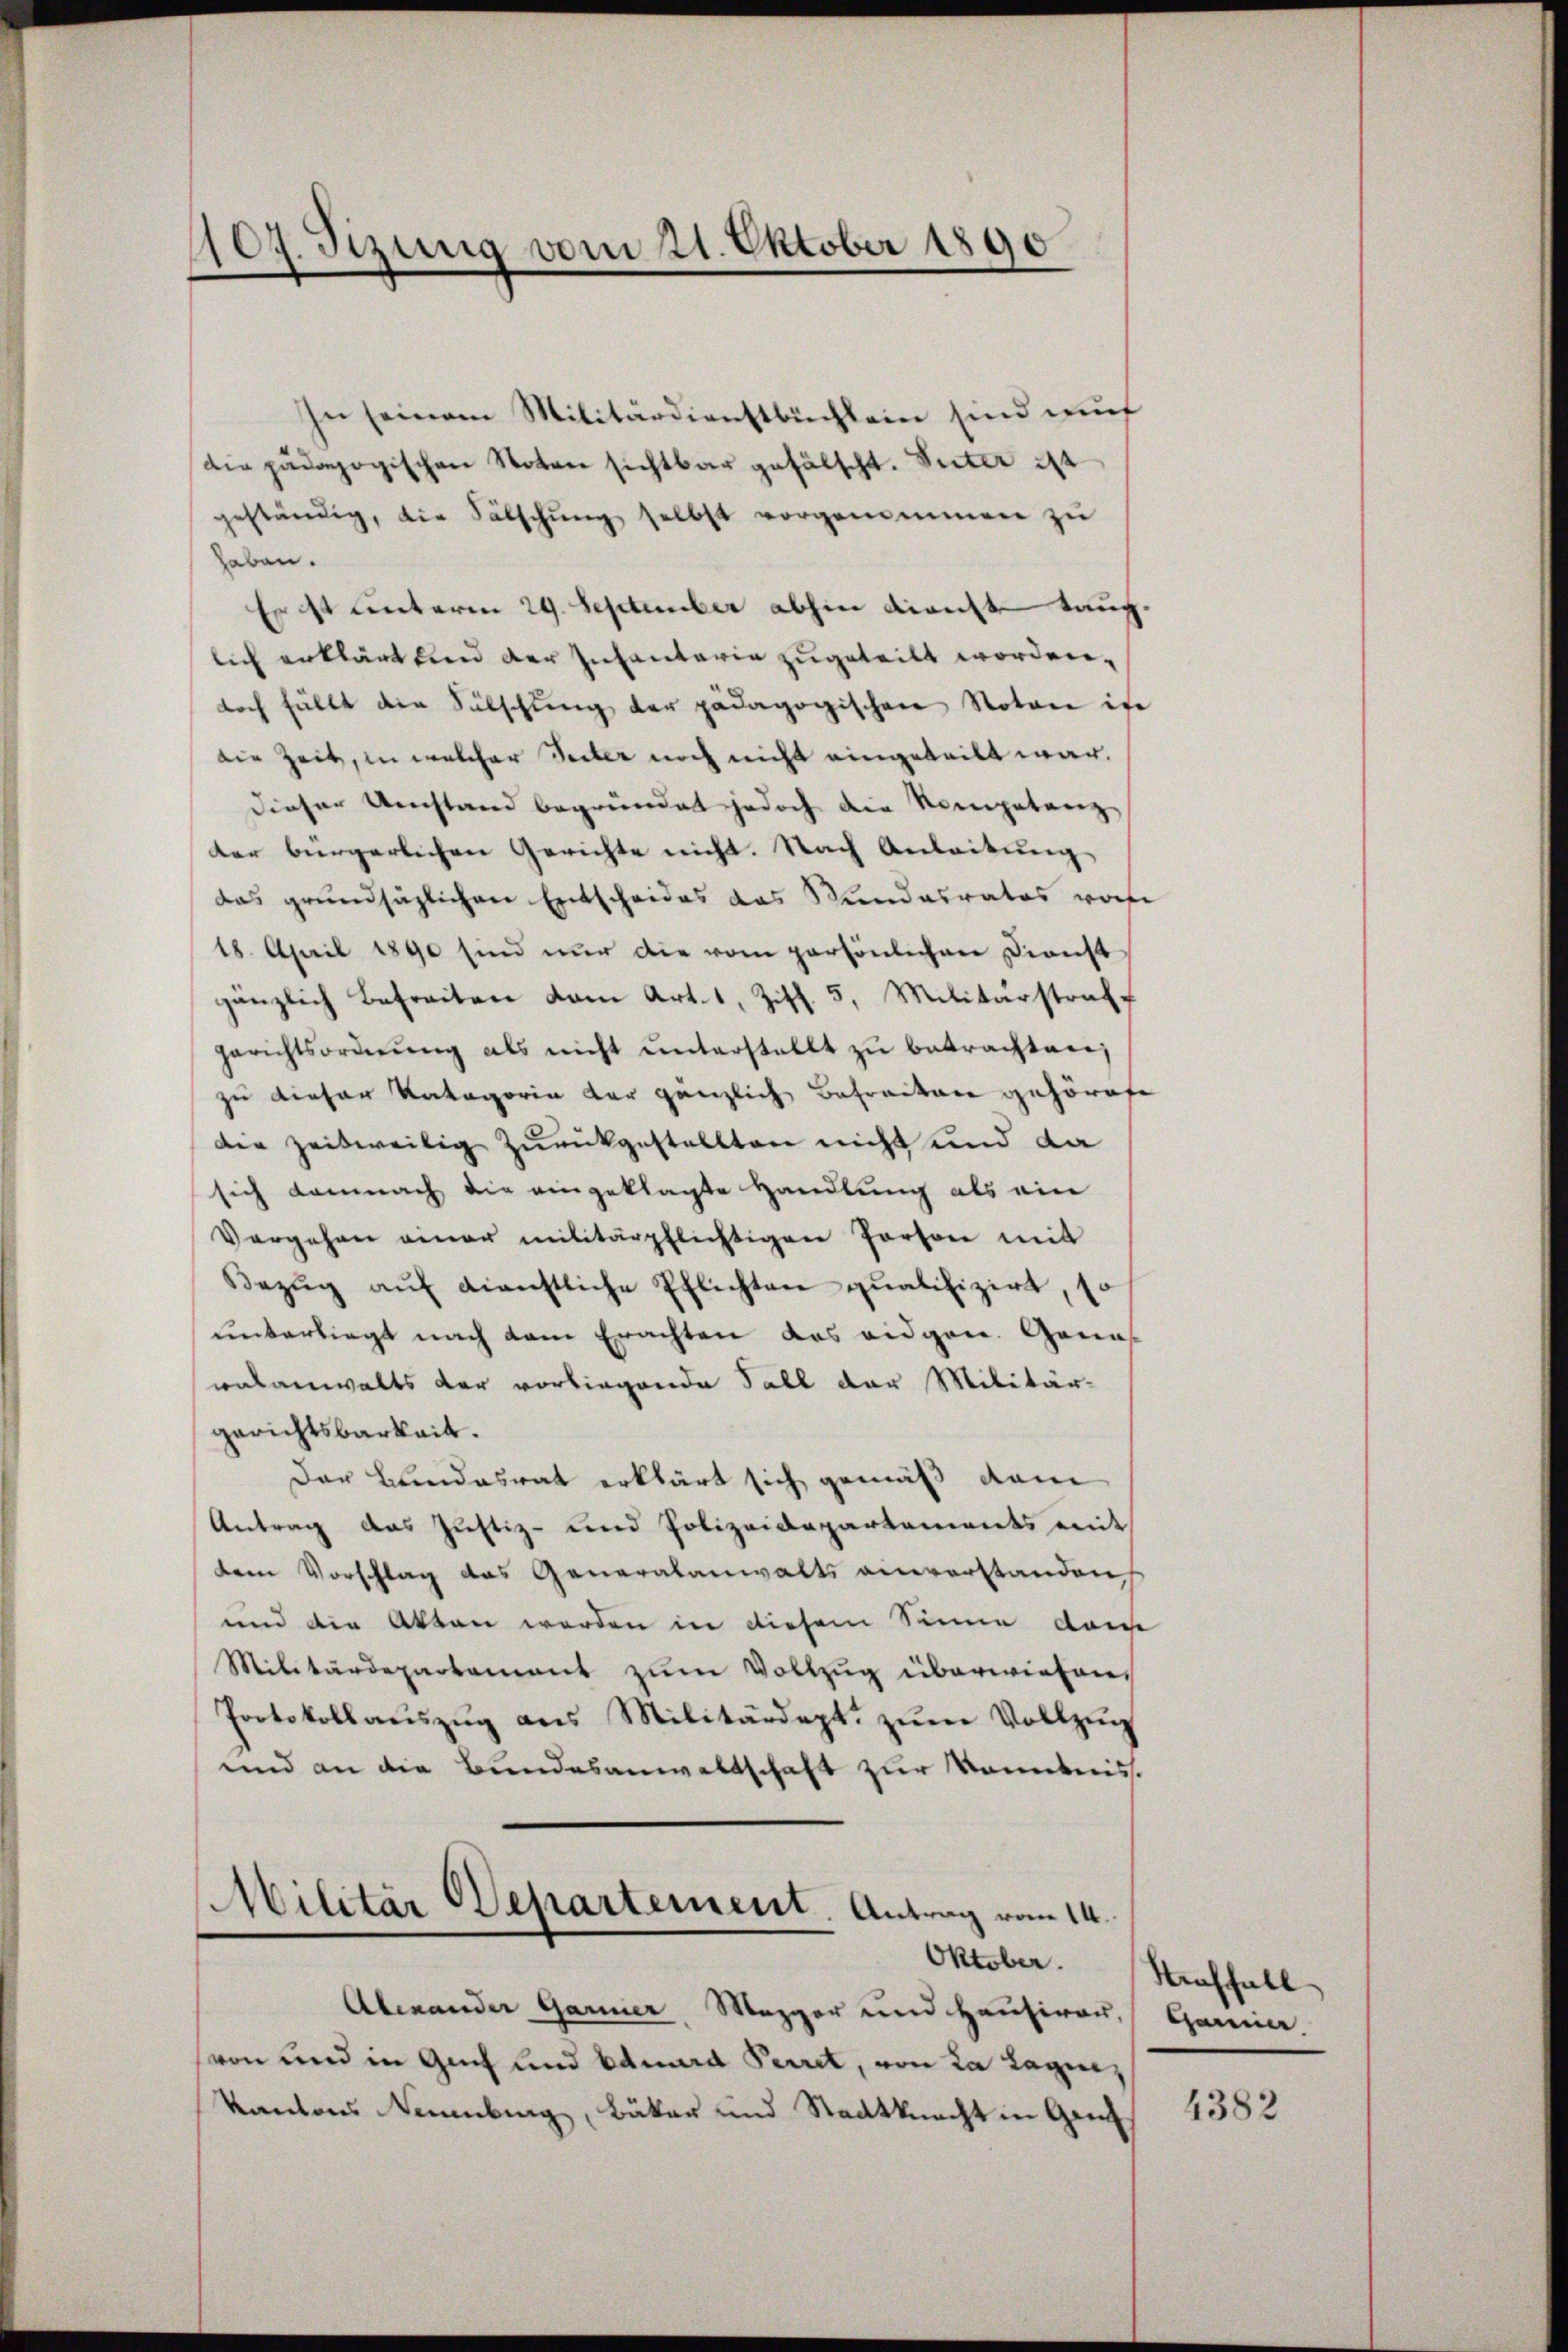
109. Sizung vom 21. Oktober 1890

In seinem Militärdienstbuchlein sind auf
die pädagogischen Noten sichtbar gefälscht. Seiter ist
geständig, die Fälschŭng selbst vorgenommen zu
haben.
Er ist unterm 29. September abhin dienst taug
lich erklärt sind der Infantaria zugeteilt worden,
doch fällt die Sülschŭng der pädagogischen Notare in
die Zeit, in welcher Seiter noch nicht eingeteilt war.
dieser Umstand begründet jedoch die Kompetenz
der bürgerlichen Gerichte nicht. Nach Anleitung
das grundsätzlichen Entscheides das Mindesrates vorf
18. April 1890 sind nur die vom persönlichen Dienst
gänzlich Befreiten vom Art. 1, Ziff. 5. Militärstraff
gerichtsordnŭng als nicht unterstellt zu betrachten,
zu dieser Kategoria der gänzlich Betraiten gehöret
Die zeitweilig zurückgestellten nicht und da
sich demnach die eingeklagte Handlung als ein
Vergehen einer militärpflichtigen Person mit
Bezŭg aŭf dienstliche Pflichten qualifizirt, so
unterliegt nach dem Erachten das eidgen. Gena
walanwalts der vorliegende Fall der Militär-
gerichtsbarkeit.
Der Bundesrat erklärt sich gemäß dem
Antrag das Justiz- und Polizeidepartements mit
dem Vorschlag das Generalanwalts einverstanden
und die Akten werden in diesem Sinne dan
Militärdepartament zŭm Vollzug überwiesen,
Protokollaŭszŭg ans Militärdept. zŭm Vollzŭg
und an die Bundesanwaltschaft zur Kenntnis.
Militär Departement. Antrag vom 14.
Oktober.
Abenander Garnier, Mezger und Hausirer,
von und in Genf und Eduard Periret, von da lagen,
Kantons Neuenburg, Bäker und Stadtknecht in Gem

Nraffall
Ganier

4382